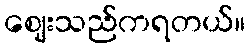
ဈေးသည်ကရတယ်။